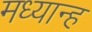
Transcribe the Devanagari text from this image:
मध्‍यान्‍ह